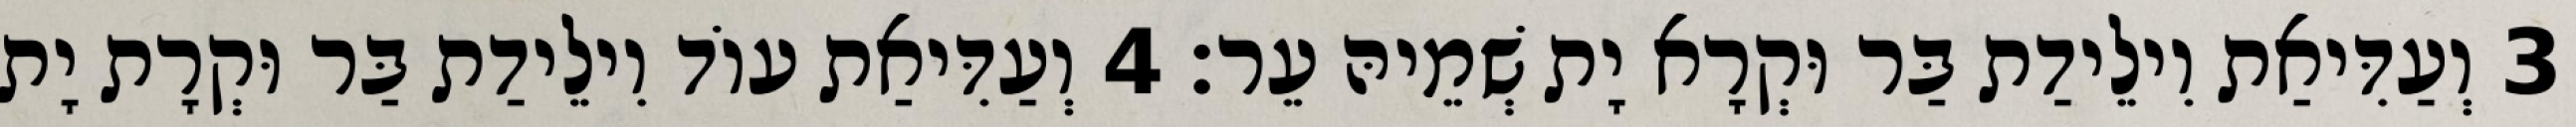
3 וְעַדִּיאַת וִילֵידַת בַּר וּקְרָא יָת שְׁמֵיהּ עֵר׃ 4 וְעַדִּיאַת עוֹד וִילֵידַת בַּר וּקְרָת יָת